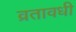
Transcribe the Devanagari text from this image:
व्रतावधी